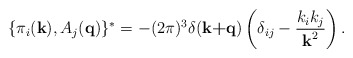
\begin{align*}\{\pi_i(\textbf{k}),A_j(\textbf{q})\}^*=-(2\pi)^3\delta(\textbf{k+q})\left(\delta_{ij}-\frac{k_ik_j}{\textbf{k}^2}\right) .\end{align*}